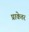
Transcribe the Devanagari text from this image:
प्राकेतर